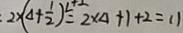
2 \times ( \Delta + \frac { 1 } { 2 } ) ^ { 2 } \leq 2 \times \Delta + 1 + 2 = 1 1